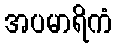
အပမာရိကံ